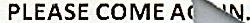
PLEASE COME AGAIN.